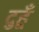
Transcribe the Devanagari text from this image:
दुहूँ